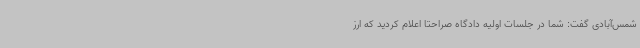
شمس‌آبادی گفت: شما در جلسات اولیه دادگاه صراحتاً اعلام کردید که ارز